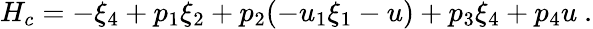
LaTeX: \begin{array}{r}{H_{c}=-\xi_{4}+p_{1}\xi_{2}+p_{2}(-u_{1}\xi_{1}-u)+p_{3}\xi_{4}+p_{4}u~.}\end{array}